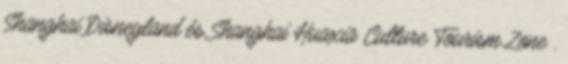
Shanghai Disneyland és Shanghai Huaxia Culture Tourism Zone .